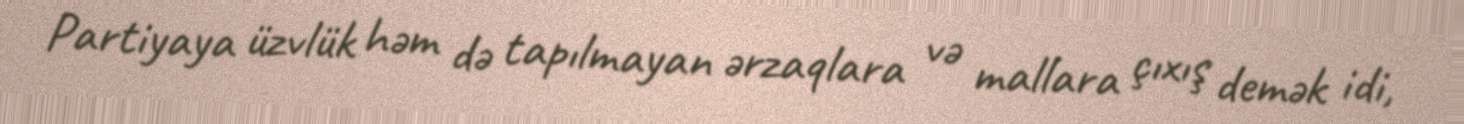
Partiyaya üzvlük həm də tapılmayan ərzaqlara və mallara çıxış demək idi,